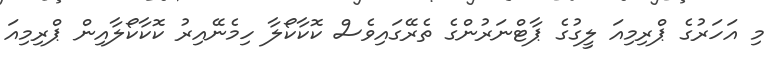
މި އަހަރުގެ ޕްރިމިއަ ލީގުގެ ޕާޓްނަރުންގެ ތެރޭގައިވެސް ކޮކާކޯލާ ހިމެނޭއިރު ކޮކާކޯލާއިން ޕްރިމިއަ